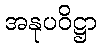
အနုပဝိဋ္ဌာ